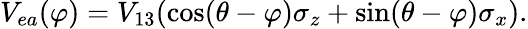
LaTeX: V_{ea}(\varphi)=V_{13}(\cos(\theta-\varphi)\sigma_{z}+\sin(\theta-\varphi)\sigma_{x}).